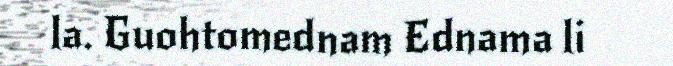
la. Guohtomednam Ednama li